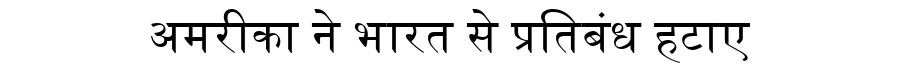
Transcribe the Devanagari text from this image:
अमरीका ने भारत से प्रतिबंध हटाए